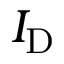
I _ { \mathrm { D } }